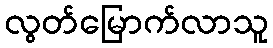
လွတ်မြောက်လာသူ